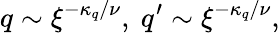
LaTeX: q\sim\xi^{-\kappa_{q}/\nu},\ q^{\prime}\sim\xi^{-\kappa_{q}/\nu},